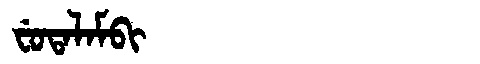
Manchu: ᠸᡠᡨᠠᠯᠠᠮᠪᡳ
Romanization: FUTALAMBI